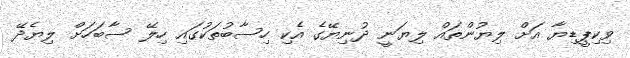
ވިކިޕީޑިޔާ އަށް ލިޔުންތައް ލިޔަނީ ދުނިޔޭގެ އެކި ހިސާބުތަކުގައި ހިލޭ ސާބަހަށް ލިޔެދޭ